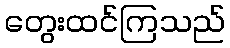
တွေးထင်ကြသည်